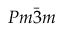
P m \bar { 3 } m